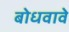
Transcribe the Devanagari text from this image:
बोधवावे